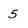
Character: 5